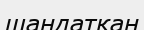
шаңдатқан